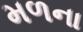
મળના